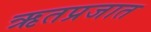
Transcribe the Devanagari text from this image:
ऋतप्रजात